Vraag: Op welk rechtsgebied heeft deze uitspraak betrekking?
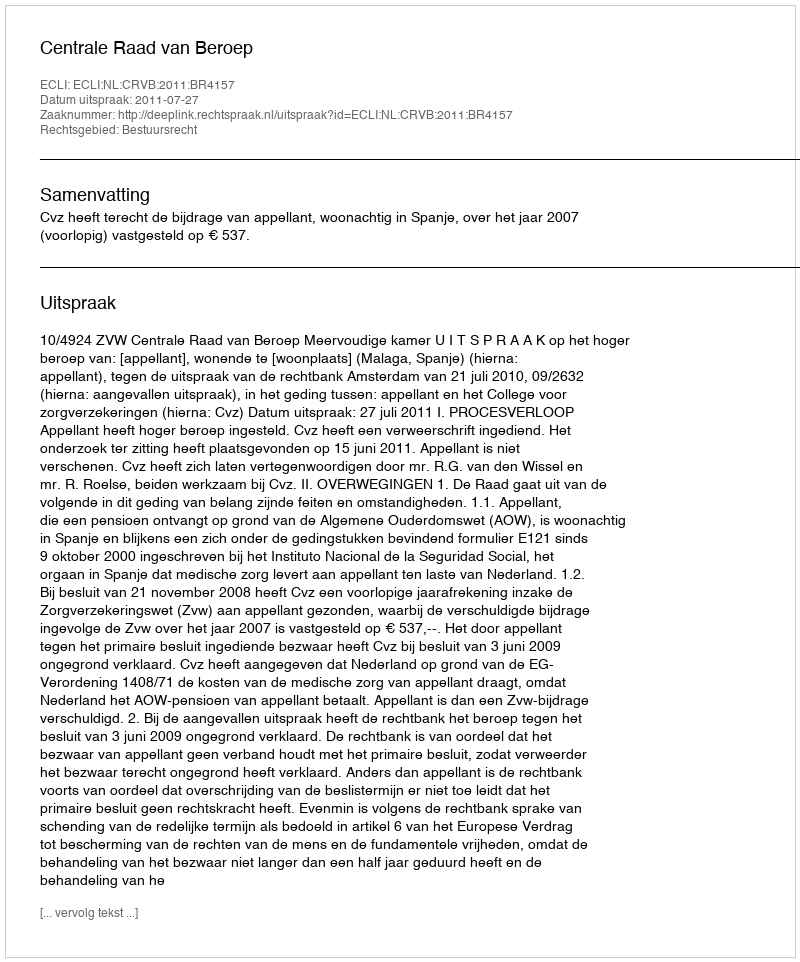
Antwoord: Bestuursrecht